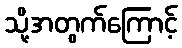
သို့အတွက်ကြောင့်